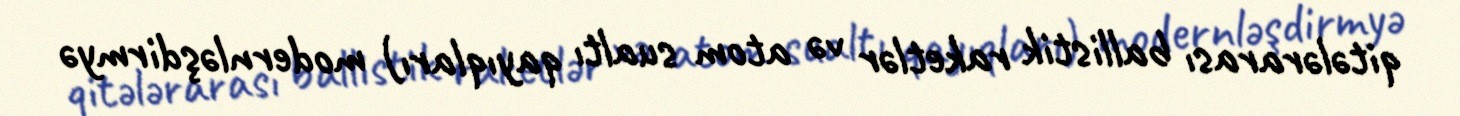
qitələrarası ballistik raketlər və atom sualtı qayıqları) modernləşdirmyə